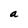
Character: a